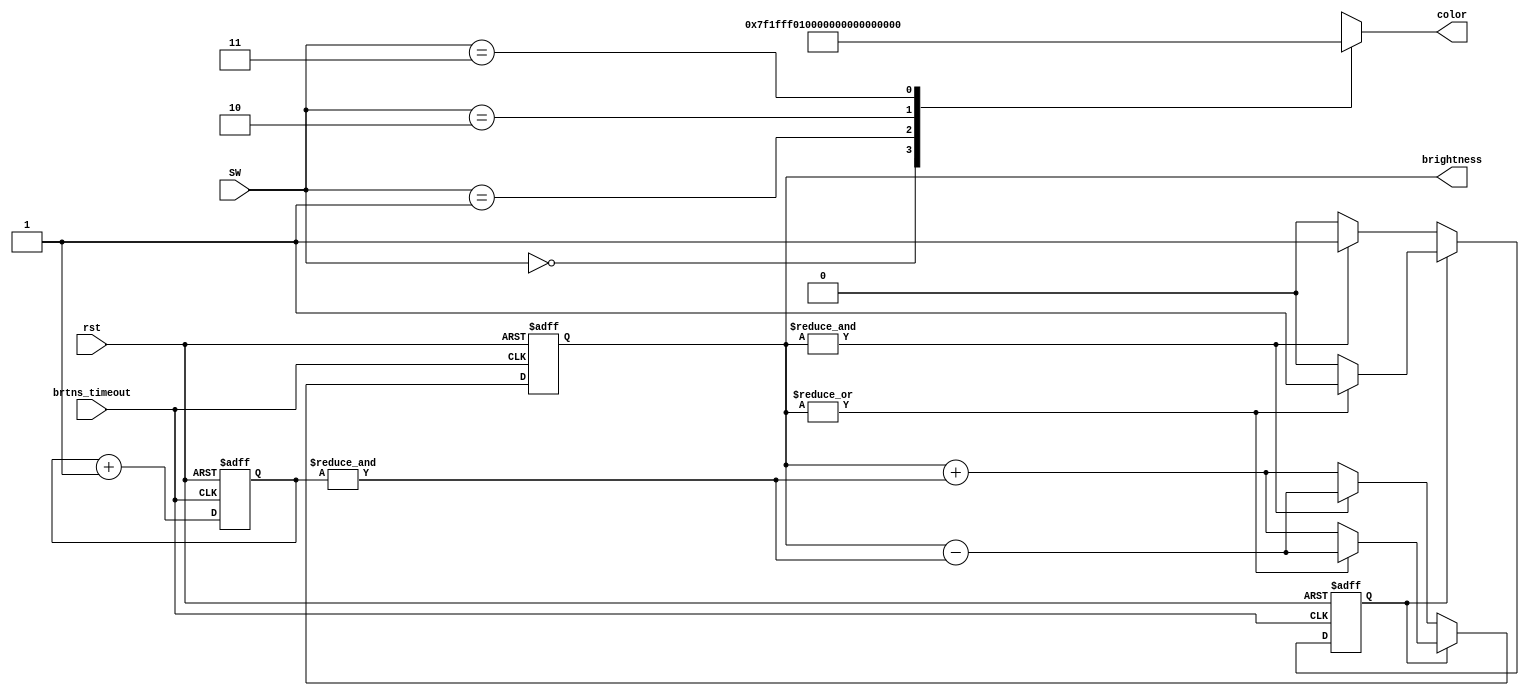
module controller (rst, SW,
                   color, brightness,
                   brtns_timeout
                  );

parameter PURPLE = 24'h7F1FFF;
parameter CYAN = 24'h00FFFF;
parameter YELLOW = 24'hFFFF00;
parameter CRIMSON = 24'hFF00FF;


input rst;
input [1:0] SW;
input brtns_timeout;
output reg [23:0] color;
output  [4:0] brightness;


reg [9:0] timeout_cnt;
reg [4:0] brtns_cnt;
reg cnt_mode;
wire timeout_cnt_done;

assign brightness = brtns_cnt;
assign timeout_cnt_done = &timeout_cnt;


always@(*)begin
    case(SW)
        2'b00:color = PURPLE;
        2'b01:color = CYAN;
        2'b10:color = YELLOW;
        2'b11:color = CRIMSON;
        default:color = 24'd0;
    endcase
end

always@(posedge brtns_timeout or posedge rst)begin
    if(rst)begin
        timeout_cnt <= 10'd0;
    end
    else begin
        timeout_cnt <= timeout_cnt + 10'd1;
    end
end

always@(posedge brtns_timeout or posedge rst)begin
    if(rst)begin
        brtns_cnt <= 5'd0;
        cnt_mode <= 1'b0;
    end
    else if(!cnt_mode)begin
        if(&brtns_cnt)begin
            brtns_cnt <= brtns_cnt - {4'd0,timeout_cnt_done};
            cnt_mode <= 1'b1;
        end
        else begin
            brtns_cnt <= brtns_cnt + {4'd0,timeout_cnt_done};
            cnt_mode <= 1'b0;
        end
    end
    else begin
        if(~|brtns_cnt)begin
            brtns_cnt <= brtns_cnt + {4'd0,timeout_cnt_done};
            cnt_mode <= 1'b0;
        end
        else begin
            brtns_cnt <= brtns_cnt - {4'd0,timeout_cnt_done};
            cnt_mode <= 1'b1;
        end
    end
end

endmodule